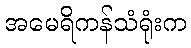
အမေရိကန်သံရုံးက